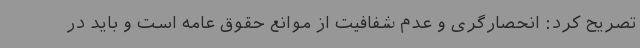
تصریح کرد: انحصارگری و عدم شفافیت از موانع حقوق عامه است و باید در